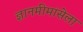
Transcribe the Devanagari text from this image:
ज्ञानमीमांसेला